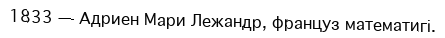
1833 — Адриен Мари Лежандр, француз математигі.